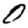
Digit: 0